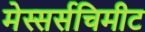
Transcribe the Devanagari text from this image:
मेस्सर्सचिमीट